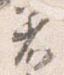
着